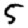
Digit: 5